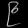
Digit: ၉